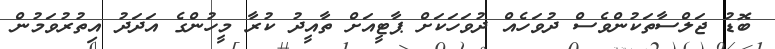
ބޮޑު ޖަލްސާތަކުންވެސް ދުވަހެއް ދުވަހަކަށް ޕާޓީއަށް ތާއީދު ކުރާ މީހުންގެ އަދަދު އިތުރުވަމުން